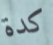
كدة